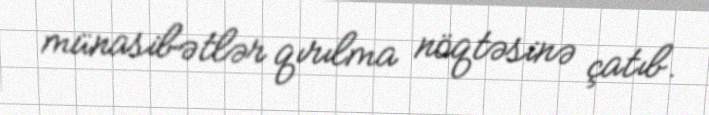
münasibətlər qırılma nöqtəsinə çatıb.